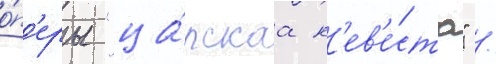
о́п'еры "ца́рскаа н'ев'е́ста" /